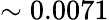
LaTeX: \sim 0.0071